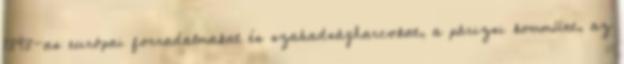
1848-as eu­rópai forradalmakat és szabadságharcokat, a párizsi kommünt, az